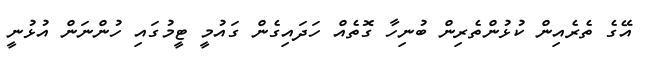
އޭގެ ތެރެއިން ކުޅުންތެރިން ބުނިހާ ގޮތެއް ހަދައިގެން ގައުމީ ޓީމުގައި ހުންނަން އުޅުނީ